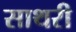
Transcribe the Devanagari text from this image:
साथरी